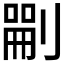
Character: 𠞫